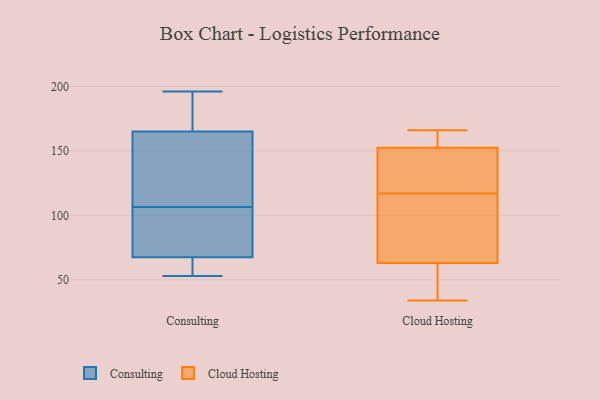
{"axis": {"x": "Customer Acquisition Cost (USD)", "y": "Value"}, "legend": ["Cloud Hosting", "Consulting"], "data": [{"x": "", "y": 105, "type": "Consulting"}, {"x": "", "y": 66, "type": "Consulting"}, {"x": "", "y": 69, "type": "Consulting"}, {"x": "", "y": 160, "type": "Consulting"}, {"x": "", "y": 62, "type": "Consulting"}, {"x": "", "y": 128, "type": "Consulting"}, {"x": "", "y": 108, "type": "Consulting"}, {"x": "", "y": 196, "type": "Consulting"}, {"x": "", "y": 78, "type": "Consulting"}, {"x": "", "y": 53, "type": "Consulting"}, {"x": "", "y": 170, "type": "Consulting"}, {"x": "", "y": 179, "type": "Consulting"}, {"x": "", "y": 165, "type": "Cloud Hosting"}, {"x": "", "y": 40, "type": "Cloud Hosting"}, {"x": "", "y": 78, "type": "Cloud Hosting"}, {"x": "", "y": 166, "type": "Cloud Hosting"}, {"x": "", "y": 153, "type": "Cloud Hosting"}, {"x": "", "y": 117, "type": "Cloud Hosting"}, {"x": "", "y": 37, "type": "Cloud Hosting"}, {"x": "", "y": 158, "type": "Cloud Hosting"}, {"x": "", "y": 80, "type": "Cloud Hosting"}, {"x": "", "y": 58, "type": "Cloud Hosting"}, {"x": "", "y": 138, "type": "Cloud Hosting"}, {"x": "", "y": 124, "type": "Cloud Hosting"}, {"x": "", "y": 34, "type": "Cloud Hosting"}, {"x": "", "y": 86, "type": "Cloud Hosting"}, {"x": "", "y": 151, "type": "Cloud Hosting"}]}